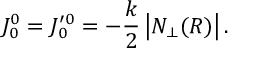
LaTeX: J _ { 0 } ^ { 0 } = J _ { 0 } ^ { \prime 0 } = - \frac { k } { 2 } \left| N _ { \perp } ( R ) \right| .